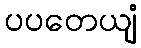
ပပတေယျံ